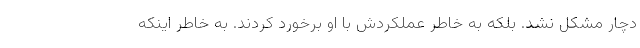
دچار مشکل نشد. بلکه به خاطر عملکردش با او برخورد کردند. به خاطر اینکه